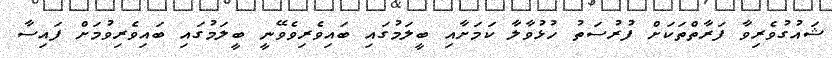
ޝައުގުވެރިވާ ފަރާތްތަކަށް ފުރުސަތު ހުޅުވާލާ ކަމަށާއި ބީލަމުގައި ބައިވެރިވެވޭނީ ބީލަމުގައި ބައިވެރިވުމަށް ފައިސާ